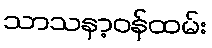
သာသနာ့ဝန်ထမ်း